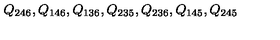
Q _ { 2 4 6 } , Q _ { 1 4 6 } , Q _ { 1 3 6 } , Q _ { 2 3 5 } , Q _ { 2 3 6 } , Q _ { 1 4 5 } , Q _ { 2 4 5 }